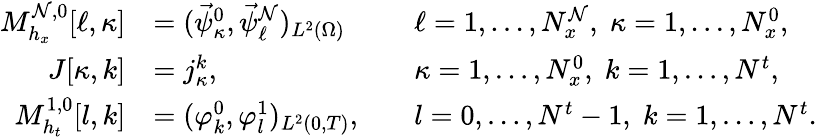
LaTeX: \begin{array}{rlrl}{M_{h_{x}}^{\mathcal{N},0}[\ell,\kappa]}&{=(\vec{\psi}_{\kappa}^{0},\vec{\psi}_{\ell}^{\mathcal{N}})_{L^{2}(\Omega)}}&&{\ell=1,\dots,N_{x}^{\mathcal{N}},\; \kappa=1,\dots,N_{x}^{0},}\\ {J[\kappa,k]}&{=j_{\kappa}^{k},}&&{\kappa=1,\dots,N_{x}^{0},\; k=1,\dots,N^{t},}\\ {M_{h_{t}}^{1,0}[l,k]}&{=(\varphi_{k}^{0},\varphi_{l}^{1})_{L^{2}(0,T)},}&&{l=0,\dots,N^{t}-1,\; k=1,\dots,N^{t}.}\end{array}